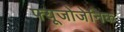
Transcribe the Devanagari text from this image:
फ्यूजोजेनिक